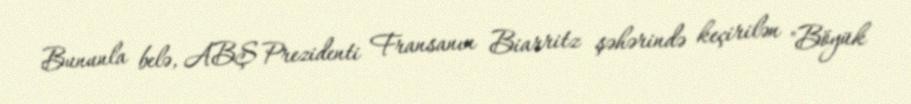
Bununla belə, ABŞ Prezidenti Fransanın Biarritz şəhərində keçirilən "Böyük